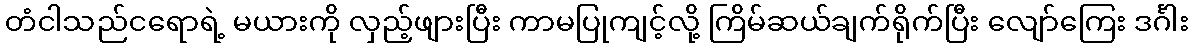
တံငါသည်ငရောရဲ့ မယားကို လှည့်ဖျားပြီး ကာမပြုကျင့်လို့ ကြိမ်ဆယ်ချက်ရိုက်ပြီး လျော်ကြေး ဒင်္ဂါး